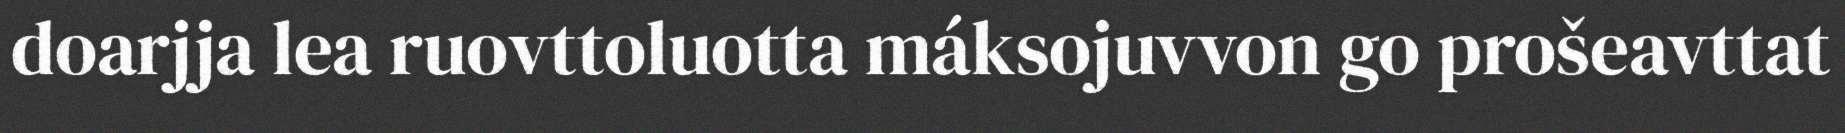
doarjja lea ruovttoluotta máksojuvvon go prošeavttat